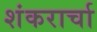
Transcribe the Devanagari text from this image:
शंकरार्चा